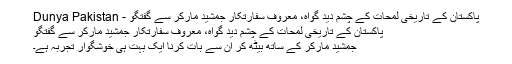
پاکستان کے تاریخی لمحات کے چشم دید گواہ، معروف سفارتکار جمشید مارکر سے گفتگو - Dunya Pakistan
پاکستان کے تاریخی لمحات کے چشم دید گواہ، معروف سفارتکار جمشید مارکر سے گفتگو
جمشید مارکر کے ساتھ بیٹھ کر ان سے بات کرنا ایک بہت ہی خوشگوار تجربہ ہے۔